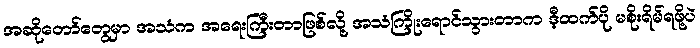
အဆိုတော်တွေမှာ အသံက အရေးကြီးတာဖြစ်လို့ အသံကြိုးရောင်သွားတာက ဒီ့ထက်ပို မစိုးရိမ်ရဖို့ပဲ